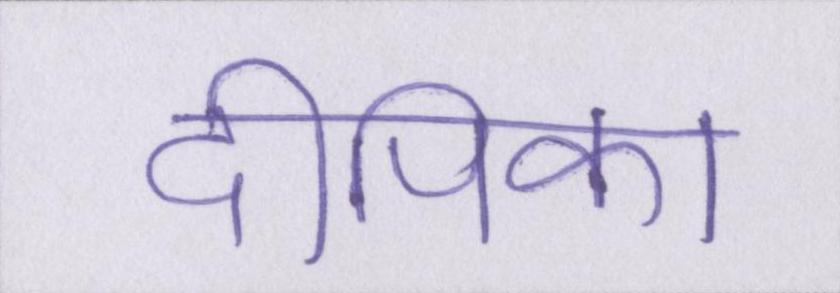
दीपिका